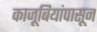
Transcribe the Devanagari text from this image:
काजूबियांपासून